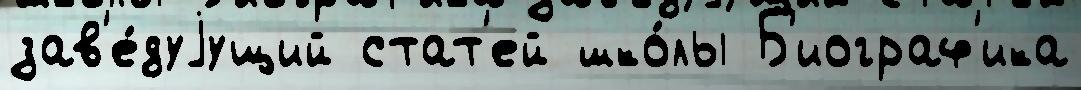
зав'е́дуjущий стат'ей шко́лы Б'иограф'ика